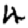
Digit: 4